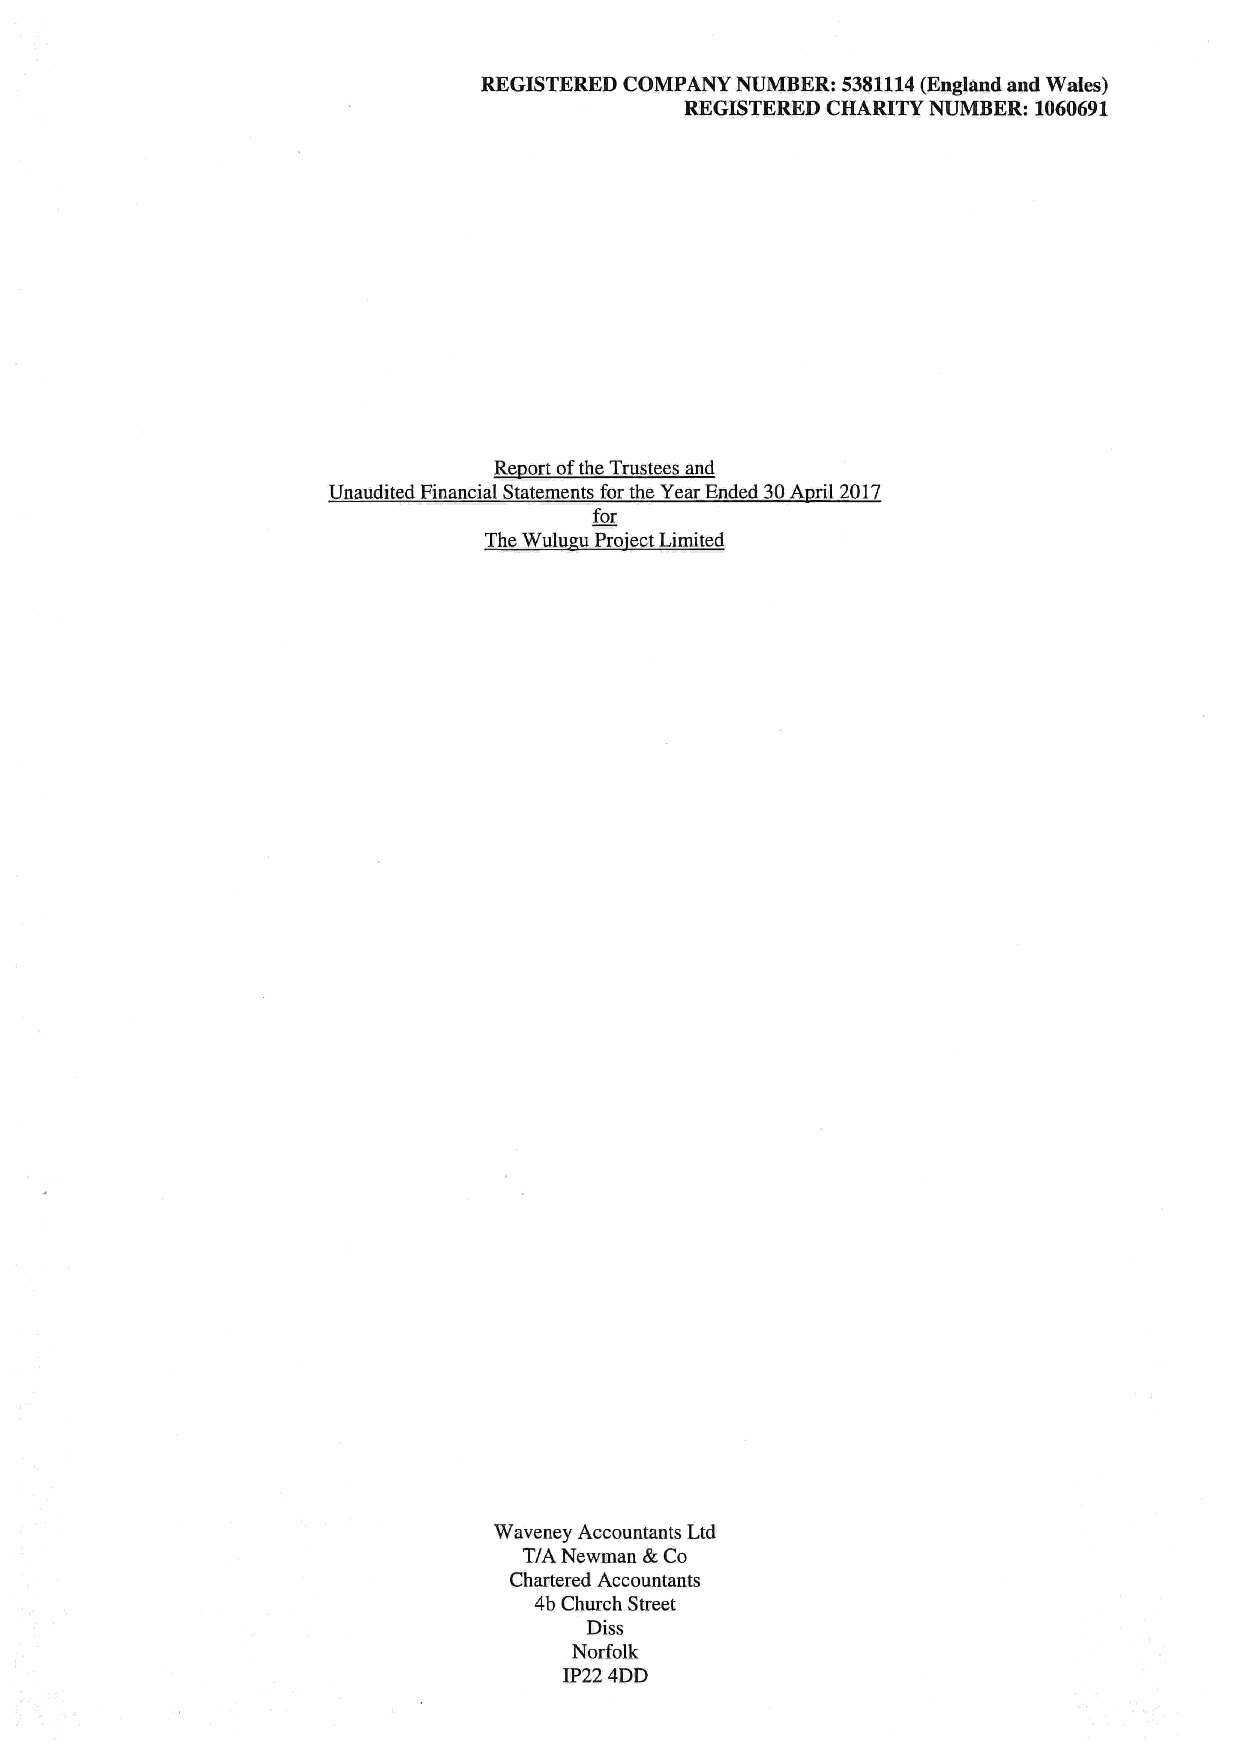
REGISTERED COMPANY NUMBER: 5381114(England and Wales)
 REGISTERED CHARITY NUMBER: 1060691
 Re ort ofthe Trustees and
 Unaudited Financial Statements for the Year Ended 30A ril 2017
 for
 The Wulu Pro'ect Limited
 Waveney Accountants Ltd
 T/A Newman BcCo
 Chartered Accountants
 4b Church Street
 Diss
 Norfolk
 IP22 4DD